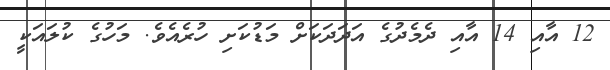
12 އާއި 14 އާއި ދެެމެދުގެ އަދަދަކަށް މަޑުކަށި ހުރެއެވެ. މަހުގެ ކުލައަކީ